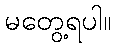
မတွေ့ရပါ။